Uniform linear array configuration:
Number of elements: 48
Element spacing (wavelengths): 0.5
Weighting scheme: cosine
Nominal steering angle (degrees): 45
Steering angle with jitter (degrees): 43.66
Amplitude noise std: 0.05
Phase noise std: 0.05

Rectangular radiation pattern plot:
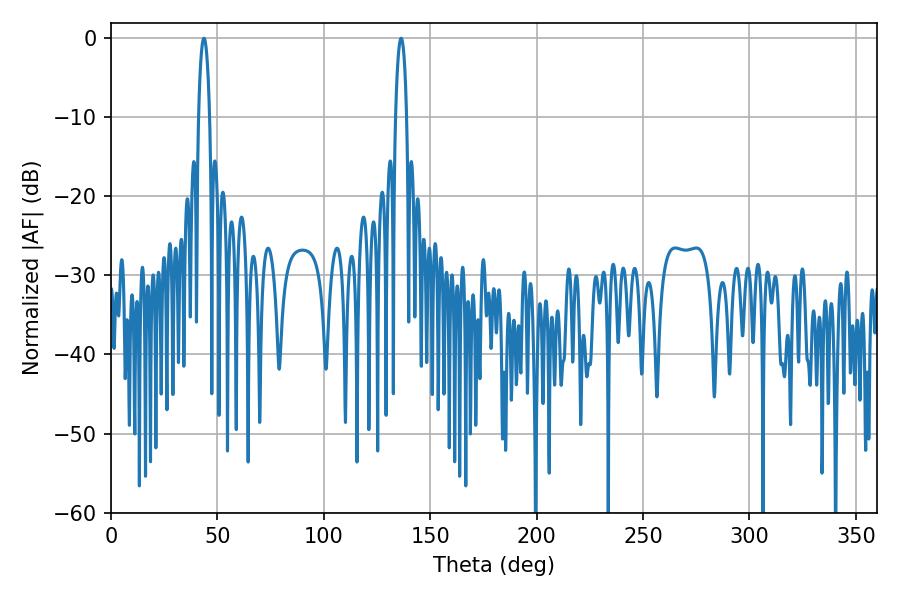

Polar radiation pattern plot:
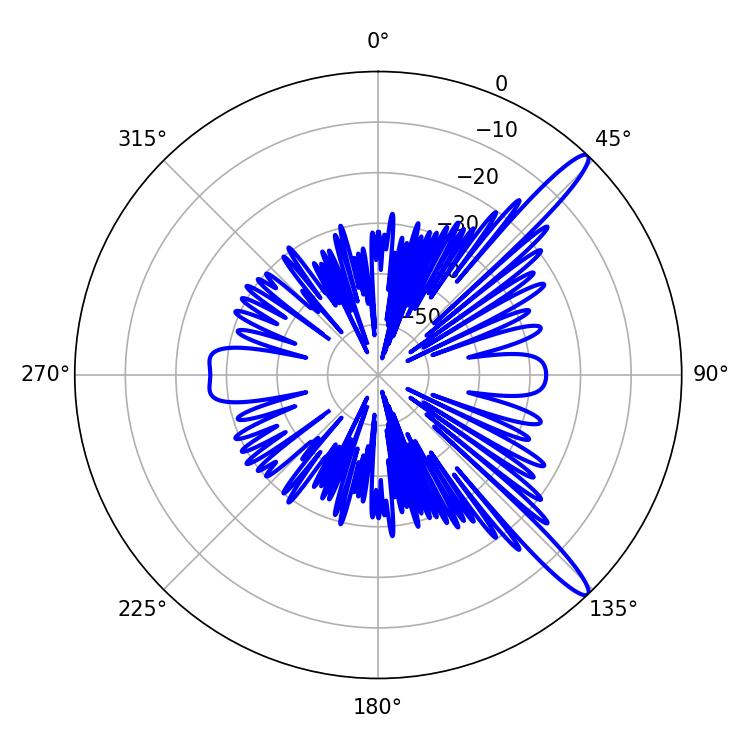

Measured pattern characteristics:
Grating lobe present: FALSE
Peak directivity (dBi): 13.997
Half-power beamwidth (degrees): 2.88
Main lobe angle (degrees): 43.74